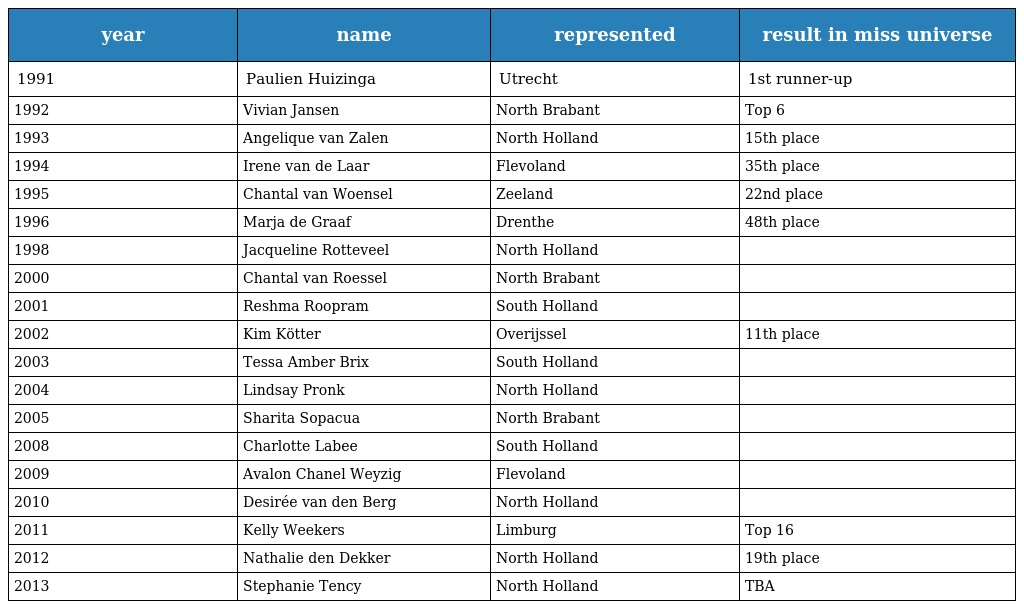
| year | name | represented | result in miss universe |
 | --- | --- | --- | --- |
 | 1991 | Paulien Huizinga | Utrecht | 1st runner-up |
 | 1992 | Vivian Jansen | North Brabant | Top 6 |
 | 1993 | Angelique van Zalen | North Holland | 15th place |
 | 1994 | Irene van de Laar | Flevoland | 35th place |
 | 1995 | Chantal van Woensel | Zeeland | 22nd place |
 | 1996 | Marja de Graaf | Drenthe | 48th place |
 | 1998 | Jacqueline Rotteveel | North Holland |  |
 | 2000 | Chantal van Roessel | North Brabant |  |
 | 2001 | Reshma Roopram | South Holland |  |
 | 2002 | Kim Kötter | Overijssel | 11th place |
 | 2003 | Tessa Amber Brix | South Holland |  |
 | 2004 | Lindsay Pronk | North Holland |  |
 | 2005 | Sharita Sopacua | North Brabant |  |
 | 2008 | Charlotte Labee | South Holland |  |
 | 2009 | Avalon Chanel Weyzig | Flevoland |  |
 | 2010 | Desirée van den Berg | North Holland |  |
 | 2011 | Kelly Weekers | Limburg | Top 16 |
 | 2012 | Nathalie den Dekker | North Holland | 19th place |
 | 2013 | Stephanie Tency | North Holland | TBA |